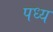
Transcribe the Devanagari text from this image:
पध्य